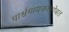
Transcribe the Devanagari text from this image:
पार्श्वगायकांसोबत